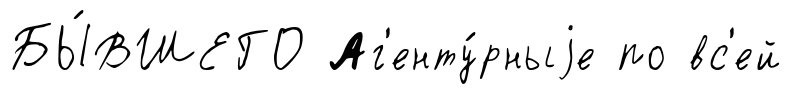
БЫ́ВШЕГО Аг'енту́рныjе по вс'ей